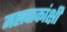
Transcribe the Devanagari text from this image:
मह्त्त्वाकांक्षी